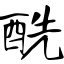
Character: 酰